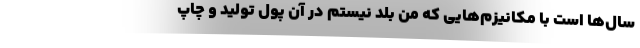
سال‌ها است با مکانیزم‌هایی که من بلد نیستم در آن پول تولید و چاپ